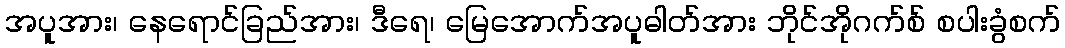
အပူအား၊ နေရောင်ခြည်အား၊ ဒီရေ၊ မြေအောက်အပူဓါတ်အား ဘိုင်အိုဂက်စ် စပါးခွံစက်